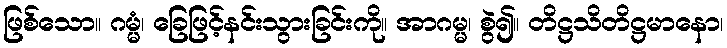
ဖြစ်သော။ ဂမ္မံ၊ ခြေဖြင့်နင်းသွားခြင်းကို။ အာဂမ္မ၊ စွဲ၍။ တိဋ္ဌသိတိဋ္ဌမာနော၊